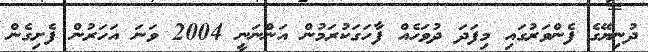
ދުނިޔޭގެ ފެންވަރުގައި މިފަދަ ދުވަހެއް ފާހަގަކުރަމުން އަންނަނީ 2004 ވަނަ އަހަރުން ފެށިގެން